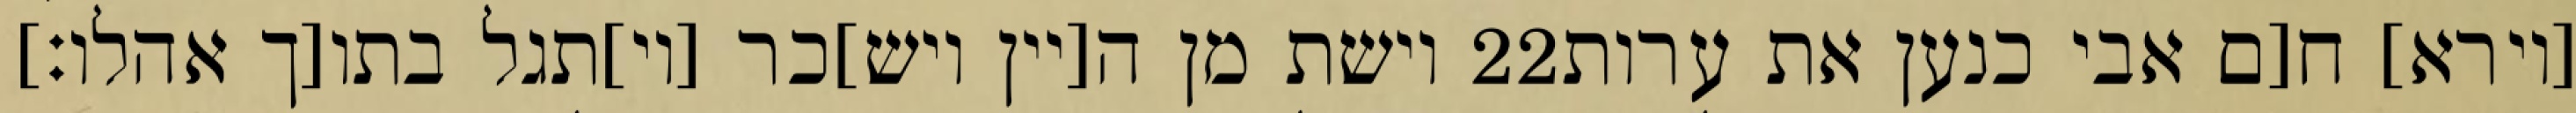
וישת מן ה[יין ויש]כר [וי]תגל בתו[ך אהלו׃] ‎22‏ [וירא] ח[ם אבי כנען את ערות